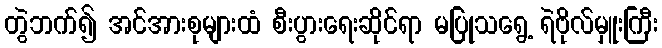
တွဲဘက်၍ အင်အားစုများထံ စီးပွားရေးဆိုင်ရာ မပြုသရွေ့ ရဲဗိုလ်မှူးကြီး